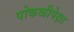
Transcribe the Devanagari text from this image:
पोकळीपेक्षा